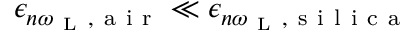
\epsilon _ { n \omega _ { \mathrm { ~ L ~ } } , \mathrm { ~ a ~ i ~ r ~ } } \ll \epsilon _ { n \omega _ { \mathrm { ~ L ~ } } , \mathrm { ~ s ~ i ~ l ~ i ~ c ~ a ~ } }